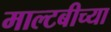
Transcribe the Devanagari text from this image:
माल्टबीच्या